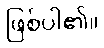
ဖြစ်ပါ၏။